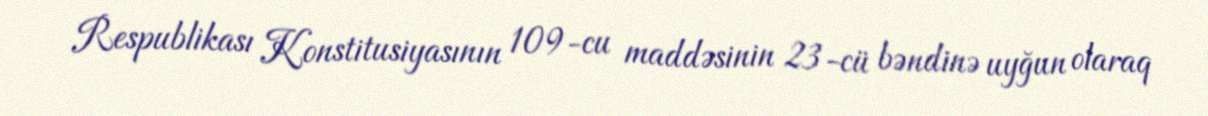
Respublikası Konstitusiyasının 109-cu maddəsinin 23-cü bəndinə uyğun olaraq